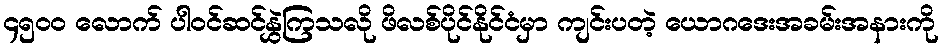
၄၅၀၀ လောက် ပါဝင်ဆင်နွှဲကြသလို ဖိလစ်ပိုင်နိုင်ငံမှာ ကျင်းပတဲ့ ယောဂဒေးအခမ်းအနားကို